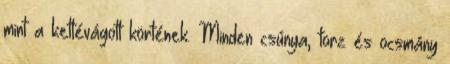
mint a kettévágott körtének. Minden csúnya, torz és ocsmány